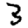
Digit: 3